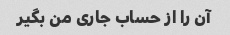
آن را از حساب جاری من بگیر